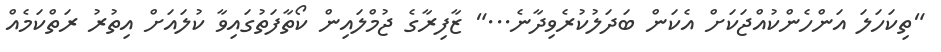
"ތިކަހަލަ އަންހެންކުއްޖަކަށް އެކަން ބަދަލުކުރެވިދާނެ..." ޒާފިރާގެ ޖުމްލައިން ކޯތާފަތުގައިވާ ކުލައަށް އިތުރު ރަތްކަމެއް